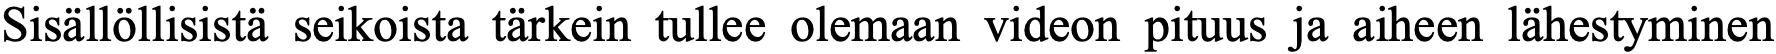
Sisällöllisistä seikoista tärkein tullee olemaan videon pituus ja aiheen lähestyminen